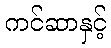
ကင်ဆာနှင့်